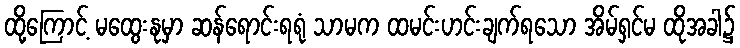
ထို့ကြောင့် မထွေးနုမှာ ဆန်ရောင်းရရုံ သာမက ထမင်းဟင်းချက်ရသော အိမ်ရှင်မ ထိုအခါ၌